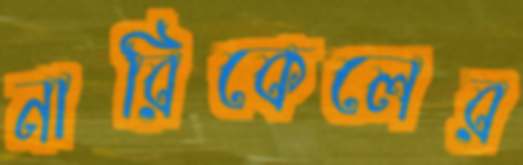
নারিকেলের